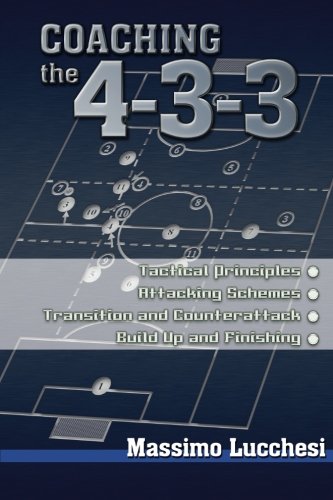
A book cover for Coaching the 4-3-3; Massimo Lucchesi; Sports & Outdoors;